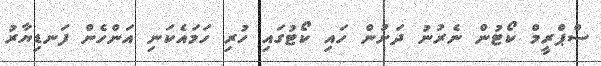
ސްޕްރީމް ކޯޓުން ނެރުނު ދަށުން ހައި ކޯޓުގައި ހުރި ހަމައެކަނި އަންހެން ފަނޑިޔާރު